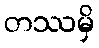
တဿမှိ